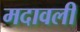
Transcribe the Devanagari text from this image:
मदावली